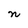
Character: n